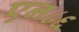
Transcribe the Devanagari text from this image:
एन८६